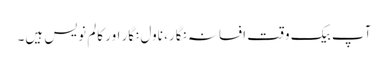
آپ بیک وقت افسانہ نگار، ناول نگار اور کالم نویس ہیں۔